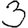
Digit: 3